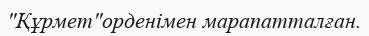
"Құрмет"орденімен марапатталған.